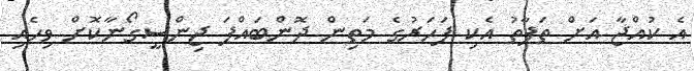
އެ ކުއްޖާ އަށް ތަފާތު އެކި ފަހަރުގެ މަތިން ދޮންބައްޕަ ޖިންސީގޯނާކޮށް ވިހެއި